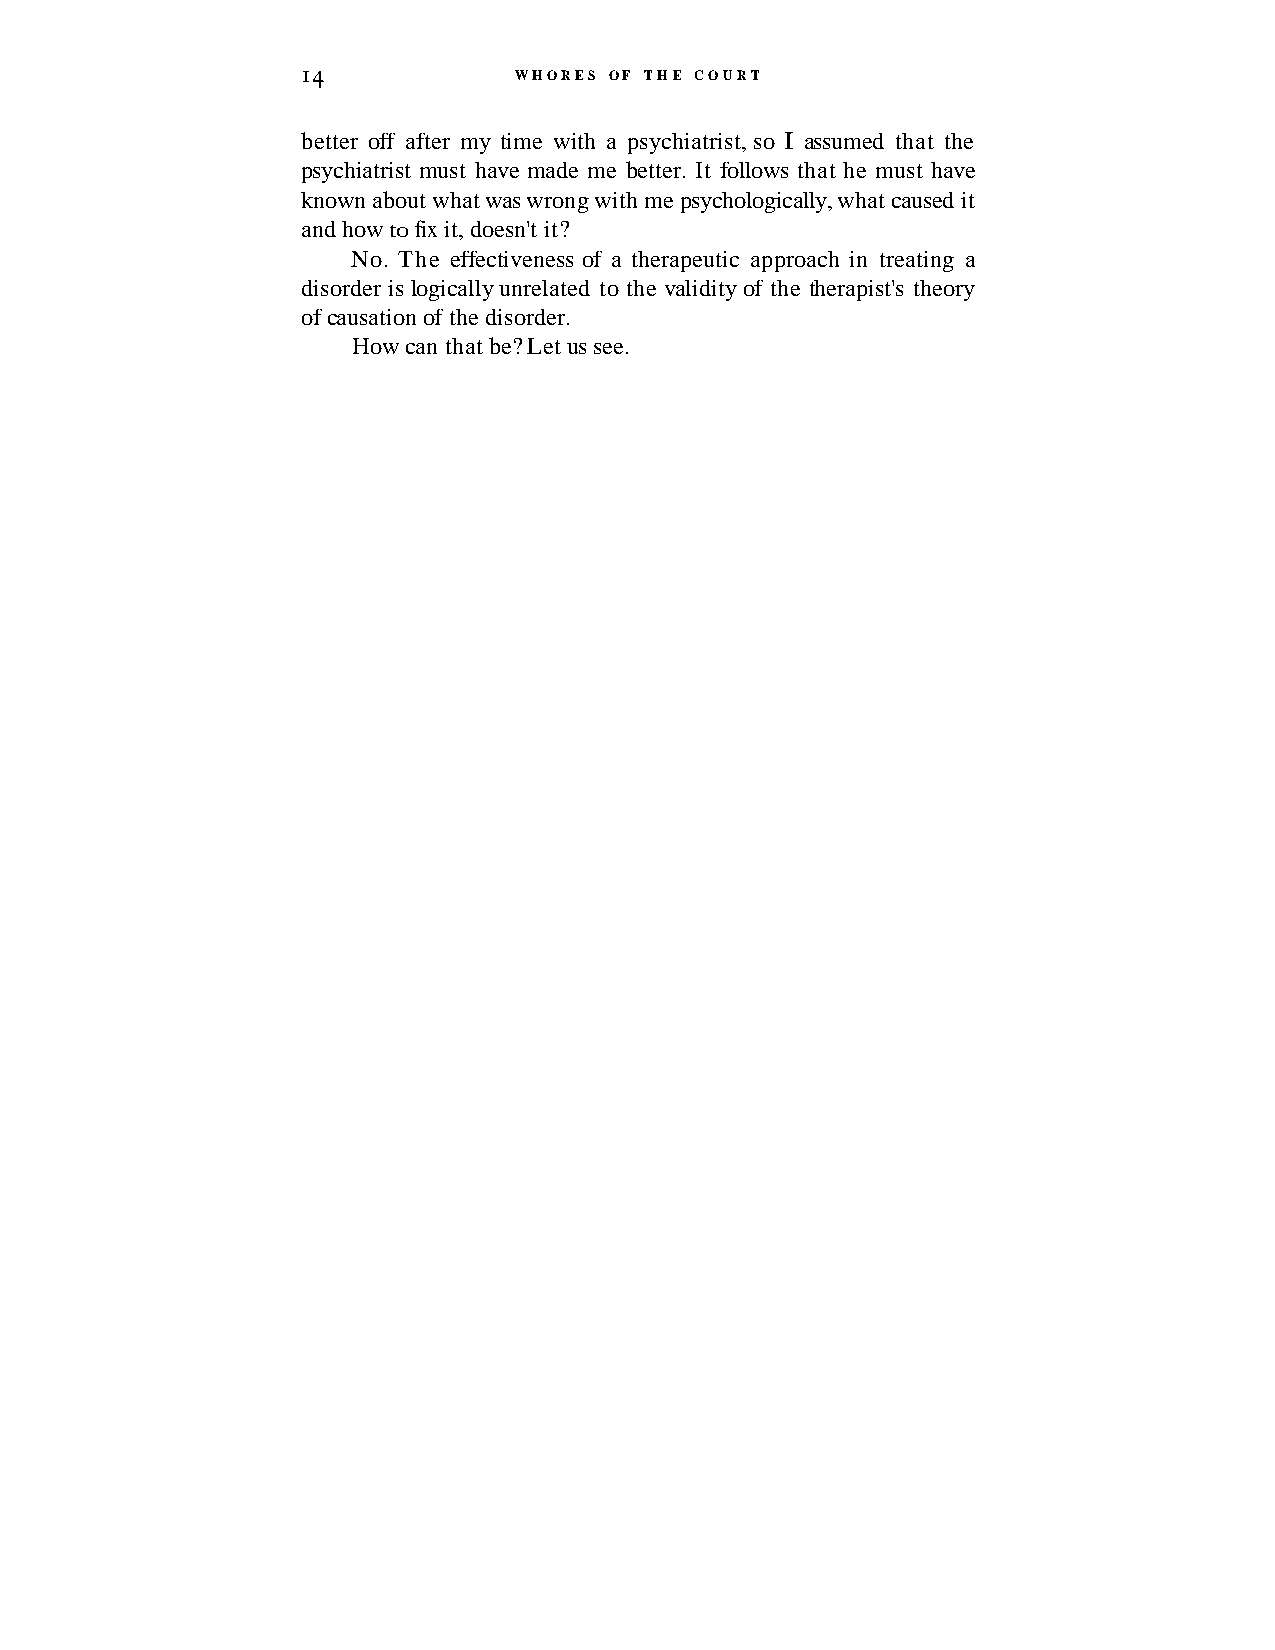
I4            WHORES OF THE COURT
 better off after my time with a psychiatrist, so I assumed that the
 psychiatrist must have made me better. It follows that he must have
 known about what was wrong with me psychologically, what caused it
 and how to fix it, doesn't it?
 No. The effectiveness of a therapeutic approach in treating a
 disorder is logically unrelated to the validity of the therapist's theory
 of causation of the disorder.
 How can that be? Let us see.